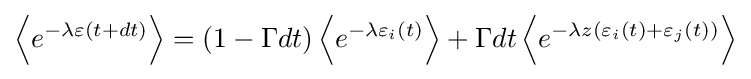
\left\langle e^{-\lambda \varepsilon \left(t+dt\right)}\right\rangle =\left(1-\Gamma dt\right)\left\langle e^{-\lambda \varepsilon _{i}(t)}\right\rangle +\Gamma dt\left\langle e^{-\lambda z\left(\varepsilon _{i}(t)+\varepsilon _{j}(t)\right)}\right\rangle